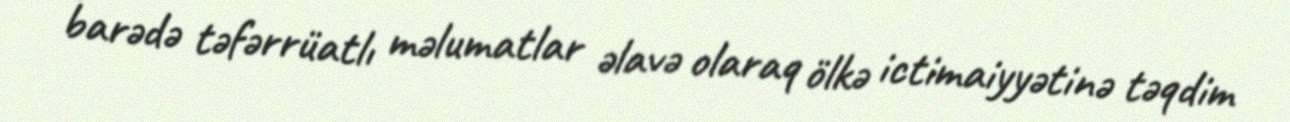
barədə təfərrüatlı məlumatlar əlavə olaraq ölkə ictimaiyyətinə təqdim